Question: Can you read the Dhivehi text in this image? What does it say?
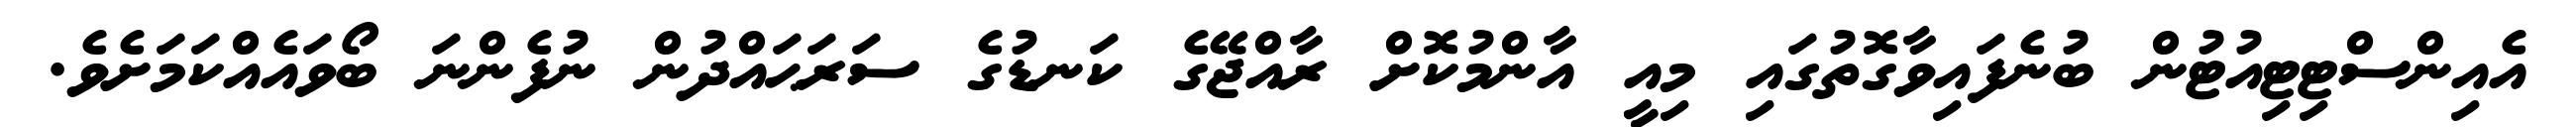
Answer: އެއިންސްޓިޓިއުޓުން ބުނެފައިވާގޮތުގައި މިއީ އާންމުކޮށް ރާއްޖޭގެ ކަނޑުގެ ސަރަޙައްދުން ނުފެންނަ ބޯވައެއްކަމަށެވެ.